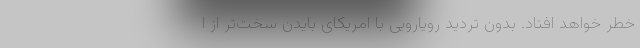
خطر خواهد افتاد. بدون تردید رویارویی با امریکای بایدن سخت‌تر از ا